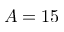
A = 1 5